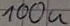
Text: 100u